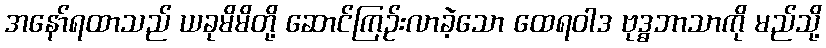
အနော်ရထာသည် ယခုမိမိတို့ ဆောင်ကြဉ်းလာခဲ့သော ထေရဝါဒ ဗုဒ္ဓဘာသာကို မည်သို့